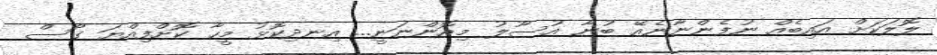
ލޮލަކަށް އައިބެއް ނުފެންނާނެއޭ ބުނާ އުސޫލު މިއޮންނަނީ... އިނދިކޮޅު މީހާ ކޮށްފިއްޔަ ގޯސް